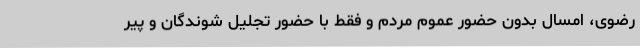
رضوی، امسال بدون حضور عموم مردم و فقط با حضور تجلیل شوندگان و پیر